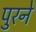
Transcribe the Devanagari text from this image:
पुरने